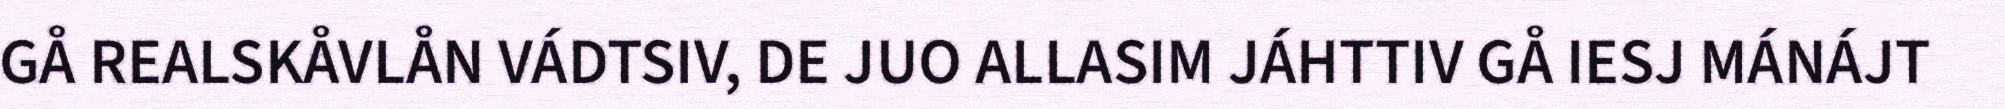
GÅ REALSKÅVLÅN VÁDTSIV, DE JUO ALLASIM JÁHTTIV GÅ IESJ MÁNÁJT